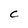
Character: C